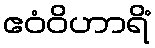
ဧဝံဝိဟာရိံ